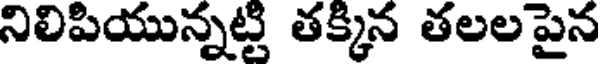
నిలిపియున్నట్టి తక్కిన తలల పైన